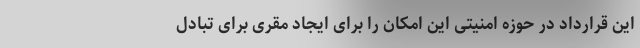
این قرارداد در حوزه امنیتی این امکان را برای ایجاد مقری برای تبادل